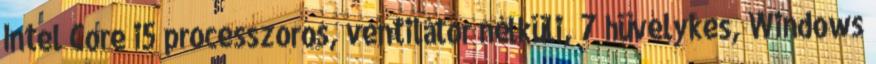
Intel Core i5 processzoros, ventilátor nélküli, 7 hüvelykes, Windows